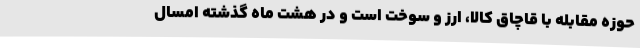
حوزه مقابله با قاچاق کالا، ارز و سوخت است و در هشت ماه گذشته امسال